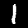
Digit: 1